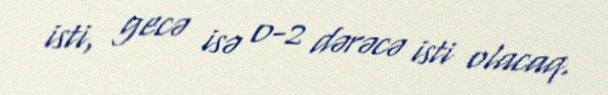
isti, gecə isə 0-2 dərəcə isti olacaq.